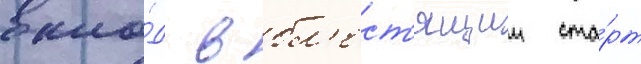
вкла́д в бл'ест'ящии ста́рт